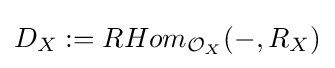
D_{X}:=RHom_{{\mathcal {O}}_{X}}(-,R_{X})